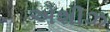
એશીઝ